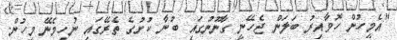
"އެމީހުން ހޮވާއިރު ބަލަން ޖެހޭނީ ގާނޫނުގައި ބުނާ ކުށުގެ ތެރޭގައި ނުހިމެނޭ މީހުން.